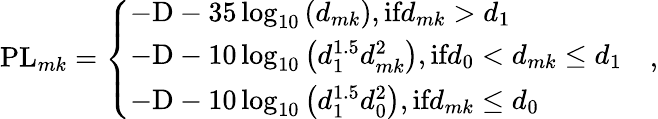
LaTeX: \textup{PL}_{mk}=\left\{ \begin{array}{ll}{-\textup{D}-35\log_{10}\left(d_{mk}\right),\textup{if}d_{mk}>d_{1}}&\\ {-\textup{D}-10\log_{10}\left(d_{1}^{1.5}d_{mk}^{2}\right),\textup{if}d_{0}<d_{mk}\leq d_{1}}&\\ {-\textup{D}-10\log_{10}\left(d_{1}^{1.5}d_{0}^{2}\right),\textup{if}d_{mk}\leq d_{0}}&\end{array}\right.,